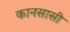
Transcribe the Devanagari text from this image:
कानसासी